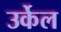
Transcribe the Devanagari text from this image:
उर्केल